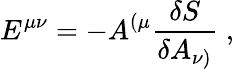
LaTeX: E^{\mu\nu}=-A^{(\mu}{\frac{\delta S}{\delta A_{\nu)}}}\; ,